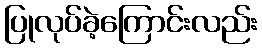
ပြုလုပ်ခဲ့ကြောင်းလည်း